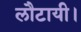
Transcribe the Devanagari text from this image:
लौटायी।